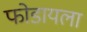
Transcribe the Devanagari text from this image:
फोडायला